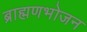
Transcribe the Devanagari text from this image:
ब्राह्मणभोजन